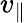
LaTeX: v_{\parallel}